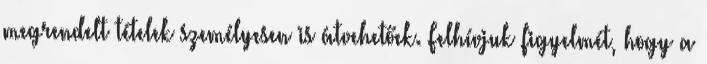
megrendelt tételek személyesen is átvehetőek. Felhívjuk figyelmét, hogy a